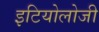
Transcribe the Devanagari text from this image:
इटियोलोजी